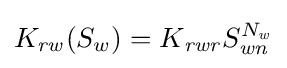
K_{\mathit {rw}}(S_{w})=K{_{\mathit {rwr}}}S_{\mathit {wn}}^{N_{\mathit {w}}}